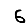
Digit: 6